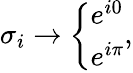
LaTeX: \sigma_{i}\rightarrow\left\{ \begin{array}{l}{e^{i0}}\\ {e^{i\pi}}\end{array}\right.,